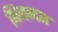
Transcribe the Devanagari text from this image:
भिनन्दन